King Institute of Preventive Medicine Micro-Biological Section reports 1912-19
Year: 1912
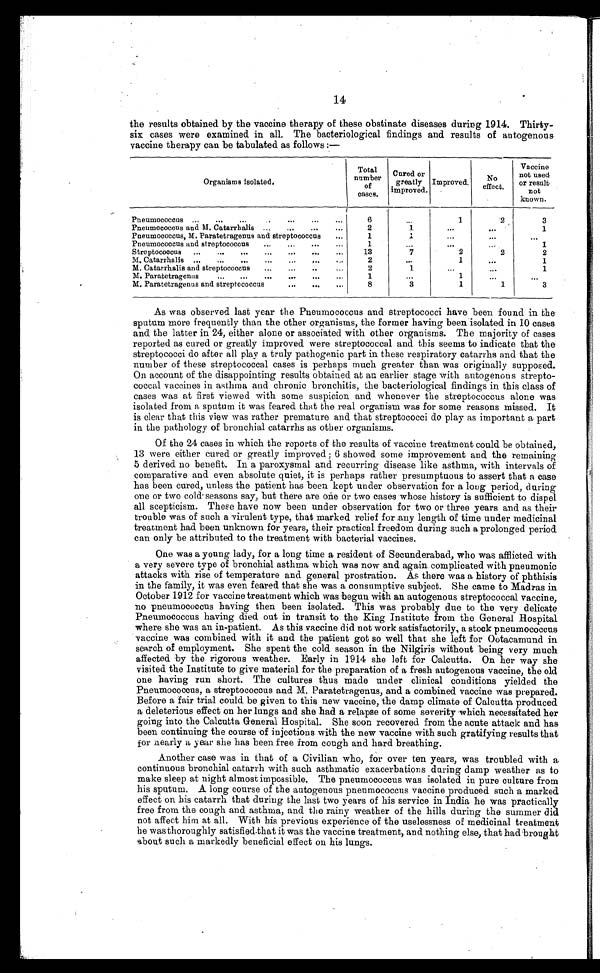
14
the results obtained by the vaccine therapy of these obstinate diseases during 1914. Thirty
-
six cases were examined in all. The bacteriological findings and results of autogenous
vaccine therapy can be tabulated as follows:—
Organisms isolated.
Total
number
of
cases.
Cured or
greatly
improved.
Improved.
No
effect.
Vaccine
not used
or result
not
known.
Pneumococcus . . .
6
. . .
1
2
3
Pneumococcus and M. Catarrhalis . . .
2
1
. . .
. . .
1
Pneumococcus, M. Paratetragenus and streptococcus . . .
1
1
. . .
. . .
. . .
Pneumococcus and streptococcus . . .
1
. . .
. . .
. . .
1
Streptococcus . . .
13
7
2
2
2
M. Catarrhalis . . .
2
. . .
1
. . .
1
M. Catarrhalis and streptococcus . . .
2
1
. . .
. . .
1
M. Paratetragenus . . .
1
. . .
1
. . .
. . .
M. Paratetragenus and streptococcus . . .
8
3
1
1
3
As was observed last year the Pneumococcus and streptococci have been found in the
sputum more frequently than the other organisms, the former having been isolated in 10 cases
and the latter in 24, either alone or associated with other organisms. The majority of cases
reported as cured or greatly improved were streptococcal and this seems to indicate that the
streptococci do after all play a truly pathogenic part in these respiratory catarrhs and that the
number of these streptococcal cases is perhaps much greater than was originally supposed.
On account of the disappointing results obtained at an earlier stage with autogenous strepto
-
coccal vaccines in asthma and chronic bronchitis, the bacteriological findings in this class of
cases was at first viewed with some suspicion and whenever the streptococcus alone was
isolated from a sputum it was feared that the real organism was for some reasons missed. It
is clear that this view was rather premature and that streptococci do play as important a part
in the pathology of bronchial catarrhs as other organisms.
Of the 24 cases in which the reports of the results of vaccine treatment could be obtained,
13 were either cured or greatly improved ; 6 showed some improvement and the remaining
5 derived no benefit. In a paroxysmal and recurring disease like asthma, with intervals of
comparative and even absolute quiet, it is perhaps rather presumptuous to assert that a case
has been cured, unless the patient has been kept under observation for a long period, during
one or two cold seasons say, but there are o ń e or two cases whose history is sufficient to dispel
all scepticism. These have now been under observation for two or three years and as their
trouble was of such a virulent type, that marked relief for any length of time under medicinal
treatment had been unknown for years, their practical freedom during such a prolonged period
can only be attributed to the treatment with bacterial vaccines.
One was a young lady, for a long time a resident of Secunderabad, who was afflicted with
a very severe type of bronchial asthma which was now and again complicated with pneumonic
attacks with rise of temperature and general prostration. As there was a history of phthisis
in the family, it was even feared that she was a consumptive subject. She came to Madras in
October 1912 for vaccine treatment which was begun with an autogenous streptococcal vaccine,
no pneumococcus having then been isolated. This was probably due to the very delicate
Pneumococcus having died out in transit to the King Institute from the General Hospital
where she was an in-patient. As this vaccine did not work satisfactorily., a stock pneumococcus
vaccine was combined with it and the patient got so well that she left for Ootacamund in
search of employment. She spent the cold season in the Nilgiris without being very much
affected by the rigorous weather. Early in 1914 she left for Calcutta. On her way she
visited the Institute to give material for the preparation of a fresh autogenous vaccine, the old
one having run short. The cultures thus made under clinical conditions yielded the
Pneumococcus, a streptococcus and M. Paratetragenus, and a combined vaccine was prepared.
Before a fair trial could be given to this new vaccine, the damp climate of Calcutta produced
a deleterious effect on her lungs and she had a relapse of some severity which necessitated her
going into the Calcutta General Hospital. She soon recovered from the acute attack and has
been continuing the course of injections with the new vaccine with such gratifying results that
for nearly a year she has been free from cough and hard breathing.
Another case was in that of a Civilian who, for over ten years, was troubled with a
continuous bronchial catarrh with such asthmatic exacerbations during damp weather as to
make sleep at night almost impossible. The pneumococcus was isolated in pure culture from
his sputum. A long course of the autogenous pneumococcus vaccine produced such a marked
effect on his catarrh that during the last two years of his service in India he was practically
free from the cough and asthma, and the rainy weather of the hills during the summer did
not affect him at all. With his previous experience of the uselessness of medicinal treatment
he wasthoroughly satisfied that it was the vaccine treatment, and nothing else, that had brought
about such a markedly beneficial effect on his lungs.